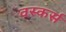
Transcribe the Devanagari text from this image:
वस्कर्स